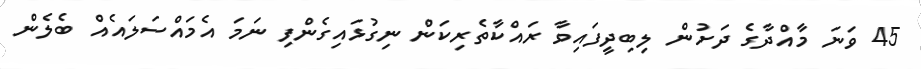
45 ވަނަ މާއްދާގެ ދަށުން ލިބިދީފައިވާ ރައްކާތެރިކަން ނިގުޅަައިގެންފި ނަމަ އެމައްސަލައެއް ބެލެން